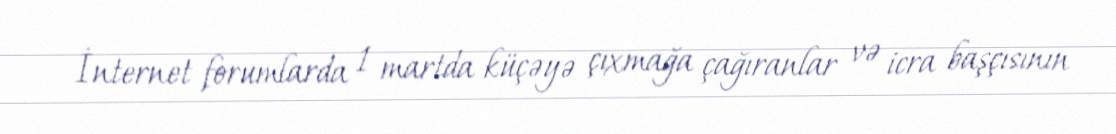
İnternet forumlarda 1 martda küçəyə çıxmağa çağıranlar və icra başçısının